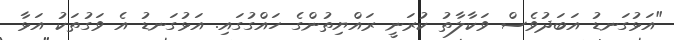
"އަޅުގަނޑު އަބަދުވެސް ވަކާލާތު ކުރަނީ ރައްޔިތުންގެ ހައްގުގައި. އަޅުގަނޑު އެ ވަގުތަކު އަޅާ